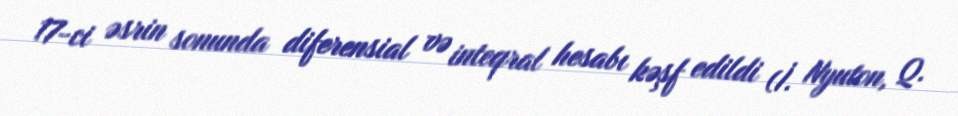
17-ci əsrin sonunda diferensial və inteqral hesabı kəşf edildi (İ. Nyuton, Q.